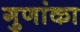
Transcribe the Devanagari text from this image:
गुणांका